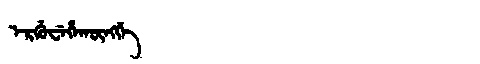
Manchu: ᡝᡵᡤᡠᠸᡝᡥᠠᡴᡡᠩᡤᡝ
Romanization: ERGUWEHAKŪNGGE